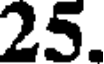
25.